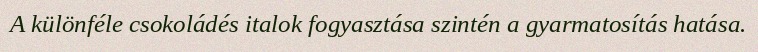
A különféle csokoládés italok fogyasztása szintén a gyarmatosítás hatása.